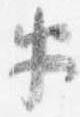
半